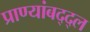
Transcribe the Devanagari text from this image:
प्राण्यांबद्द्ल